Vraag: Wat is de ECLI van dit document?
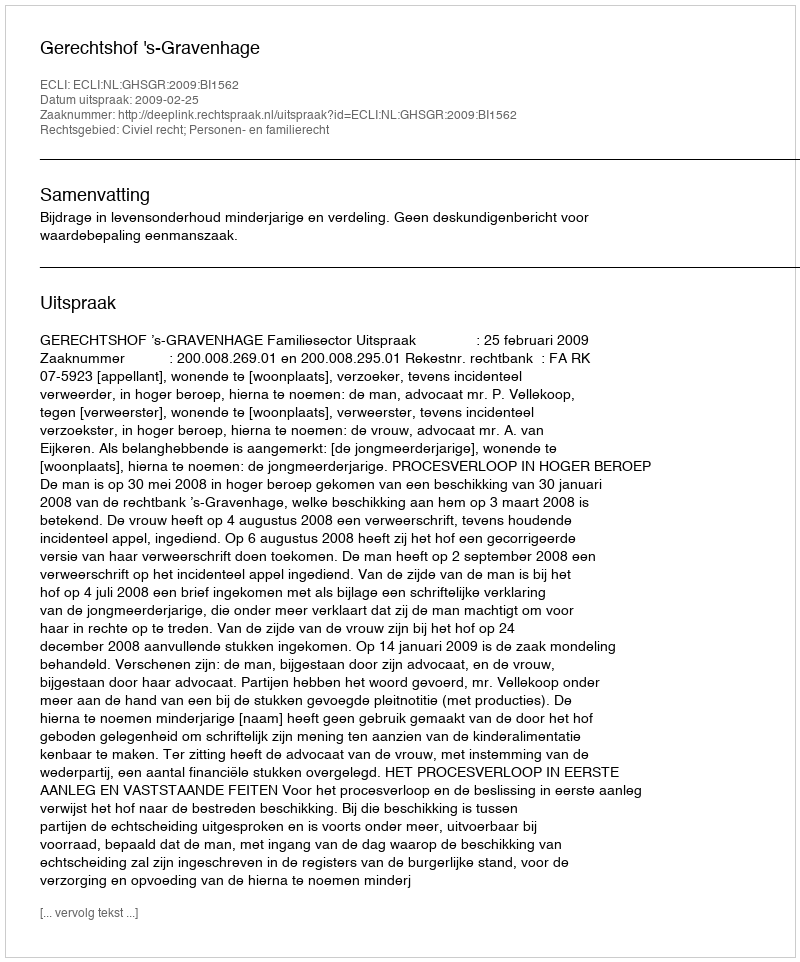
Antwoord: ECLI:NL:GHSGR:2009:BI1562